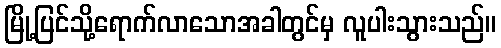
မြို့ပြင်သို့ရောက်လာသောအခါတွင်မှ လူပါးသွားသည်။